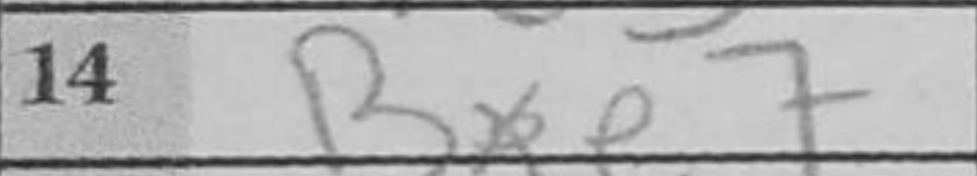
Transcription: Bxe7